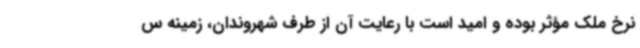
نرخ ملک مؤثر بوده و امید است با رعایت آن از طرف شهروندان، زمینه س